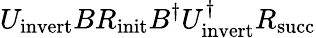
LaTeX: U_{\mathrm{invert}}BR_{\mathrm{init}}B^{\dagger}U_{\mathrm{invert}}^{\dagger}R_{\mathrm{succ}}